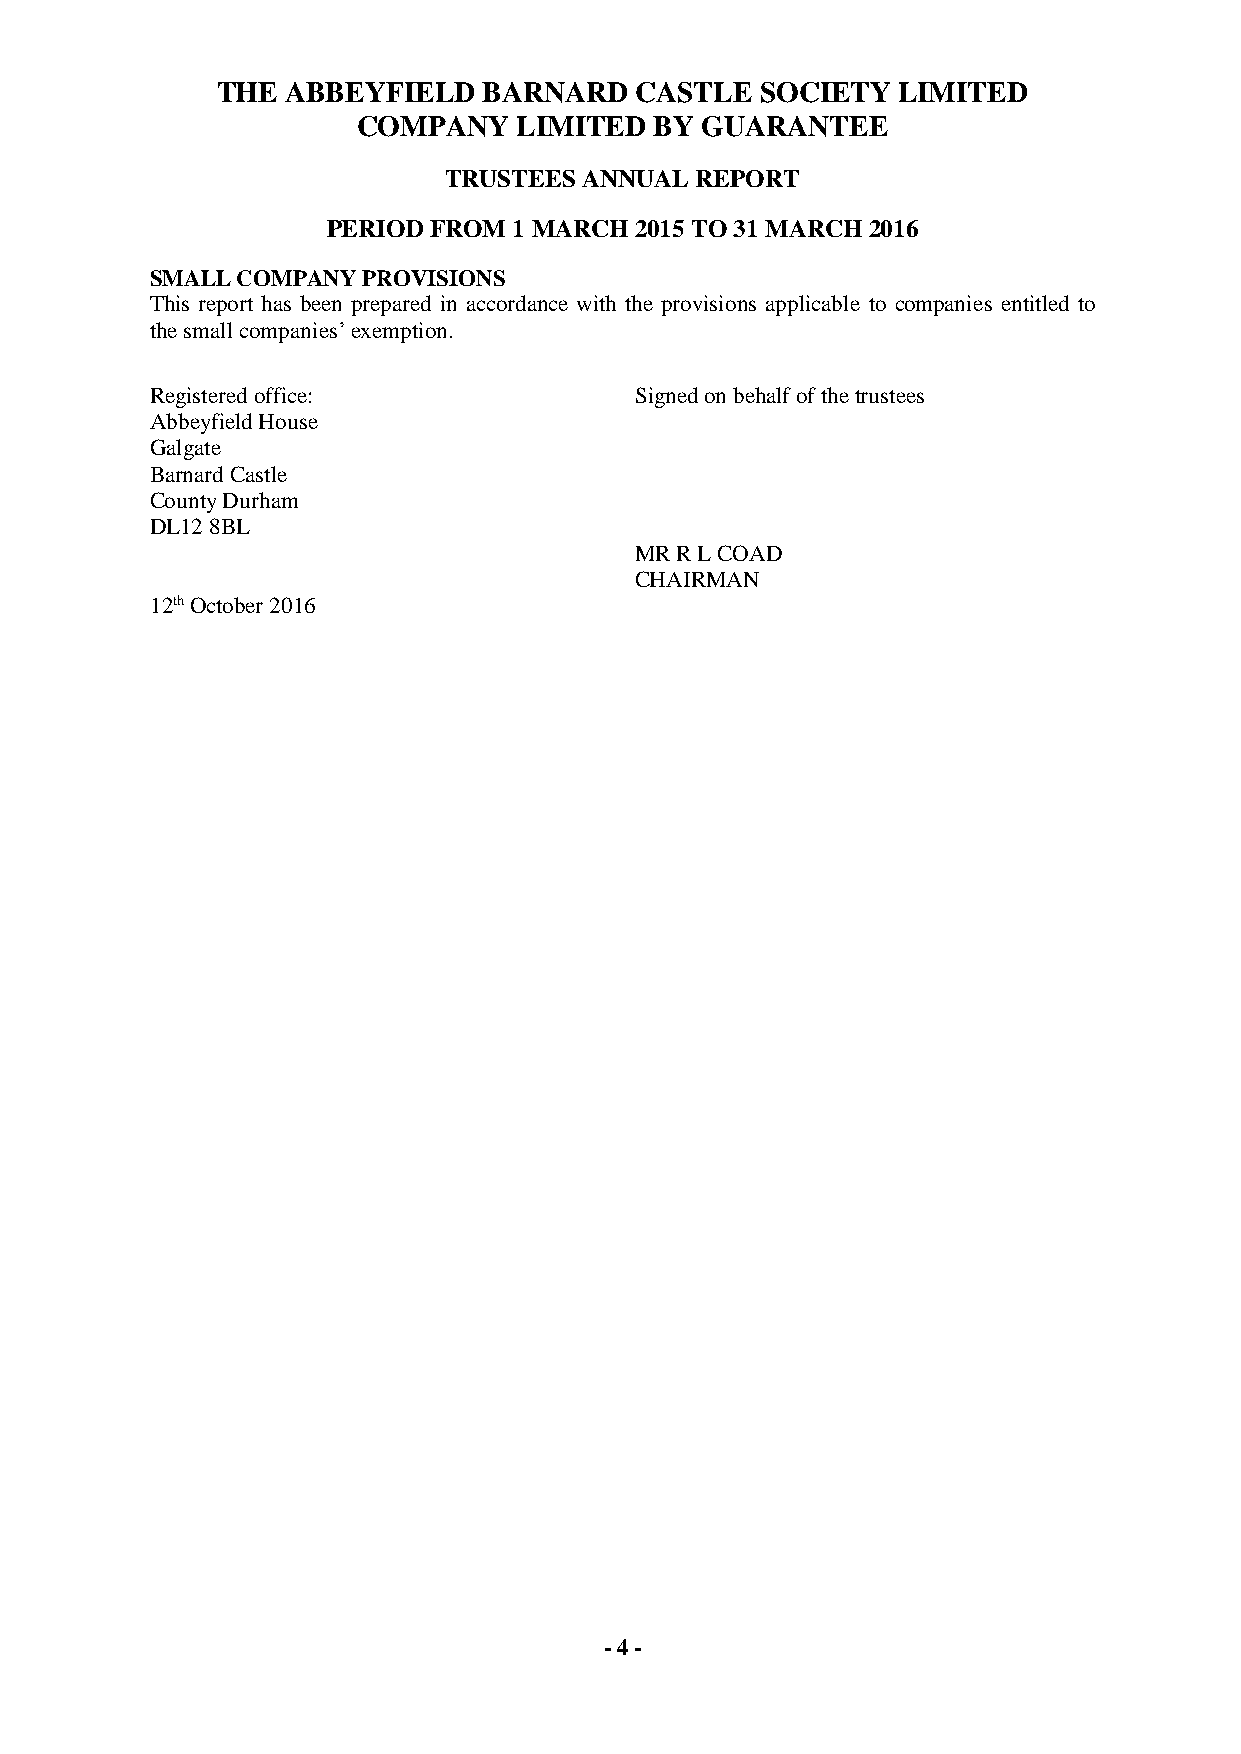
THE  ABBEYFIELD   BARNARD   CASTLE  SOCIETY  LIMITED
 COMPANY   LIMITED  BY GUARANTEE
 TRUSTEES  ANNUAL REPORT
 PERIOD FROM 1 MARCH 2015 TO 31 MARCH 2016
 SMALL COMPANY PROVISIONS
 This report has been prepared in accordance with the provisions applicable to companies entitled to
 the small companies’ exemption.
 Registered office:              Signed on behalf of the trustees
 Abbeyfield House
 Galgate
 Barnard Castle
 County Durham
 DL12 8BL
 MR R L COAD
 CHAIRMAN
 12th October 2016
 - 4 -